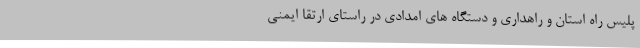
پلیس راه استان و راهداری و دستگاه های امدادی در راستای ارتقا ایمنی